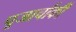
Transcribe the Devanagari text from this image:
पूजार्चाकी